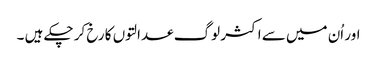
اور اُن میں سے اکثر لوگ عدالتوں کا رخ کر چکے ہیں ۔